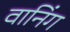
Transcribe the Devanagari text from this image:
वानिंग